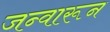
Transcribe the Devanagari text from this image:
जन्वारून